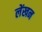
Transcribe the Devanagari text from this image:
लेंखन